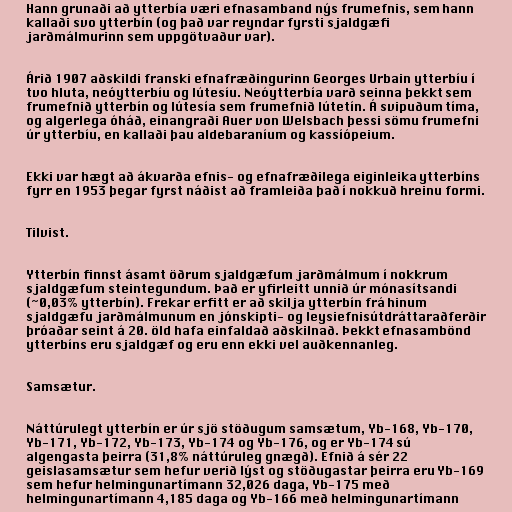
Hann grunaði að ytterbía væri efnasamband nýs frumefnis, sem hann
kallaði svo ytterbín (og það var reyndar fyrsti sjaldgæfi
jarðmálmurinn sem uppgötvaður var).

Árið 1907 aðskildi franski efnafræðingurinn Georges Urbain ytterbíu í
tvo hluta, neóytterbíu og lútesíu. Neóytterbía varð seinna þekkt sem
frumefnið ytterbín og lútesía sem frumefnið lútetín. Á svipuðum tíma,
og algerlega óháð, einangraði Auer von Welsbach þessi sömu frumefni
úr ytterbíu, en kallaði þau aldebaraníum og kassíópeium.

Ekki var hægt að ákvarða efnis- og efnafræðilega eiginleika ytterbíns
fyrr en 1953 þegar fyrst náðist að framleiða það í nokkuð hreinu formi.

Tilvist.

Ytterbín finnst ásamt öðrum sjaldgæfum jarðmálmum í nokkrum
sjaldgæfum steintegundum. Það er yfirleitt unnið úr mónasítsandi
(~0,03% ytterbín). Frekar erfitt er að skilja ytterbín frá hinum
sjaldgæfu jarðmálmunum en jónskipti- og leysiefnisútdráttaraðferðir
þróaðar seint á 20. öld hafa einfaldað aðskilnað. Þekkt efnasambönd
ytterbíns eru sjaldgæf og eru enn ekki vel auðkennanleg.

Samsætur.

Náttúrulegt ytterbín er úr sjö stöðugum samsætum, Yb-168, Yb-170,
Yb-171, Yb-172, Yb-173, Yb-174 og Yb-176, og er Yb-174 sú
algengasta þeirra (31,8% náttúruleg gnægð). Efnið á sér 22
geislasamsætur sem hefur verið lýst og stöðugastar þeirra eru Yb-169
sem hefur helmingunartímann 32,026 daga, Yb-175 með
helmingunartímann 4,185 daga og Yb-166 með helmingunartímann